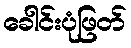
ခေါင်းပုံဖြတ်